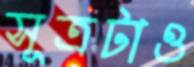
সূত্রটাও